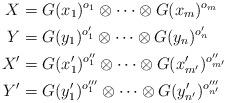
LaTeX: \begin{align*}X &= G (x_1)^{o_1} \otimes \cdots \otimes G (x_m)^{o_m} \\Y &= G (y_1)^{o'_1} \otimes \cdots \otimes G (y_n)^{o'_n} \\X' &= G (x'_1)^{o''_1} \otimes \cdots \otimes G (x'_{m'})^{o''_{m'}} \\Y' &= G (y'_1)^{o'''_1} \otimes \cdots \otimes G (y'_{n'})^{o'''_{n'}}\end{align*}